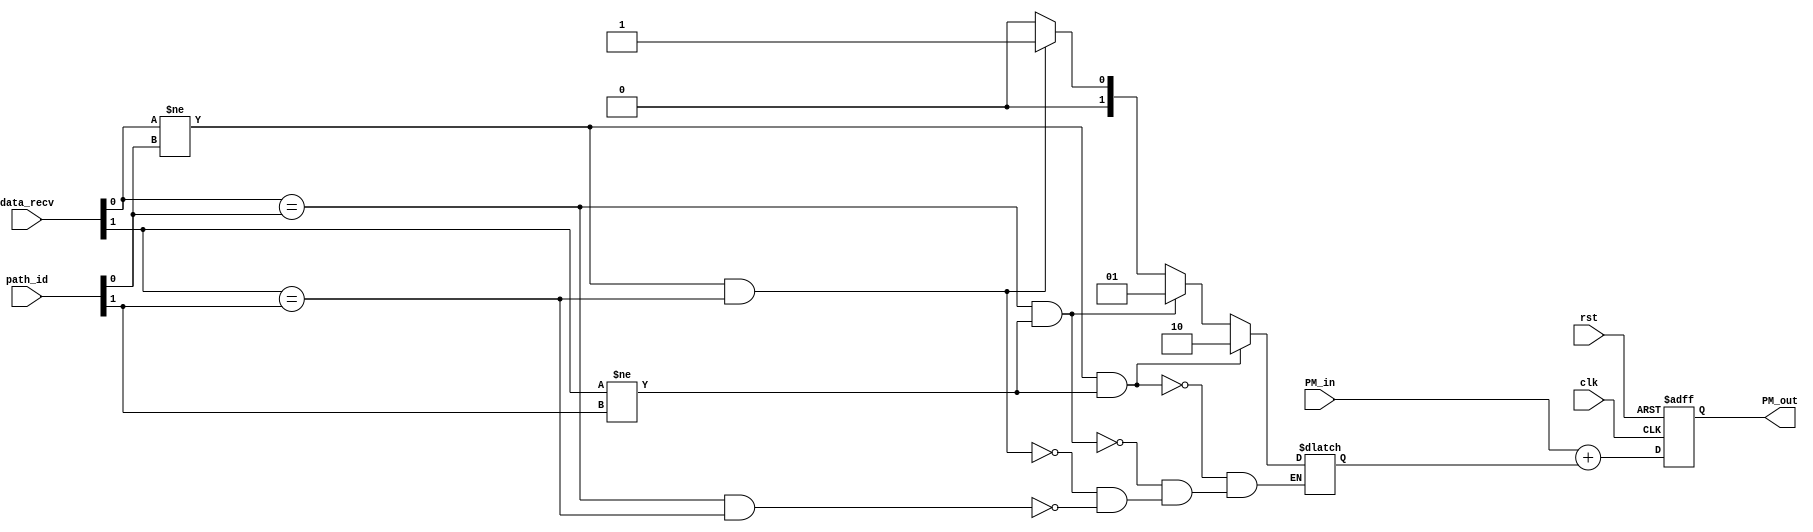
module PM_calc(clk,
			   rst,
			   PM_in,
			   data_recv,
			   path_id,
			   PM_out);

	input clk,rst;
	input [1:0] data_recv,path_id;
	input [6:0] PM_in;
	output [6:0] PM_out;
	reg [1:0] ham_dist;
	reg [6:0] PM_out;

	always @(*) begin
		if ((data_recv[0]==path_id[0])&&(data_recv[1]==path_id[1])) ham_dist=2'b00;
		if ((data_recv[0]!=path_id[0])&&(data_recv[1]==path_id[1])) ham_dist=2'b01;
		if ((data_recv[0]==path_id[0])&&(data_recv[1]!=path_id[1])) ham_dist=2'b01;
		if ((data_recv[0]!=path_id[0])&&(data_recv[1]!=path_id[1])) ham_dist=2'b10;
	end

	always @(posedge clk or negedge rst) begin
		if (!rst) PM_out <= 7'b0;
		else begin
			PM_out <= PM_in + ham_dist;
		end
	end

endmodule